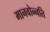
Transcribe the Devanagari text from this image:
मानवोन्नति